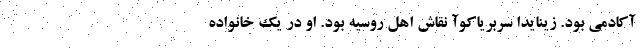
آکادمی بود. زینایدا سربریاکوآ نقاش اهل روسیه بود. او در یک خانواده